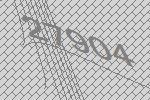
27904